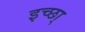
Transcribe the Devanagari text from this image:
इच्छा्